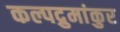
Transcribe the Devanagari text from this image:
कल्पद्रुमांकुर